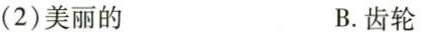
(2)美丽的 B.齿轮